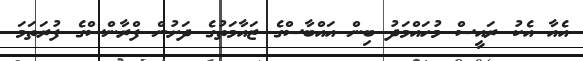
އެއާ އެކު ރައީސް މުހައްމަދު ބިން އައްބާސްގެ ޒައާމަތުގެ ދަށުން ފްރާންސްގެ ފުރަތަމަ